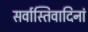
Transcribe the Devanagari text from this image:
सर्वास्तिवादिनां